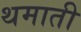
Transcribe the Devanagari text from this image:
थमाती